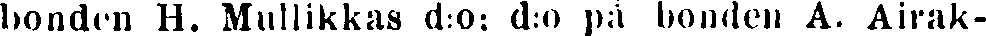
bonden H. Mullikkas d:o: d:o på bonden A. Airak-